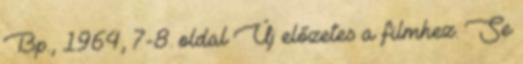
Bp., 1964, 7-8. oldal Új előzetes a filmhez. Se